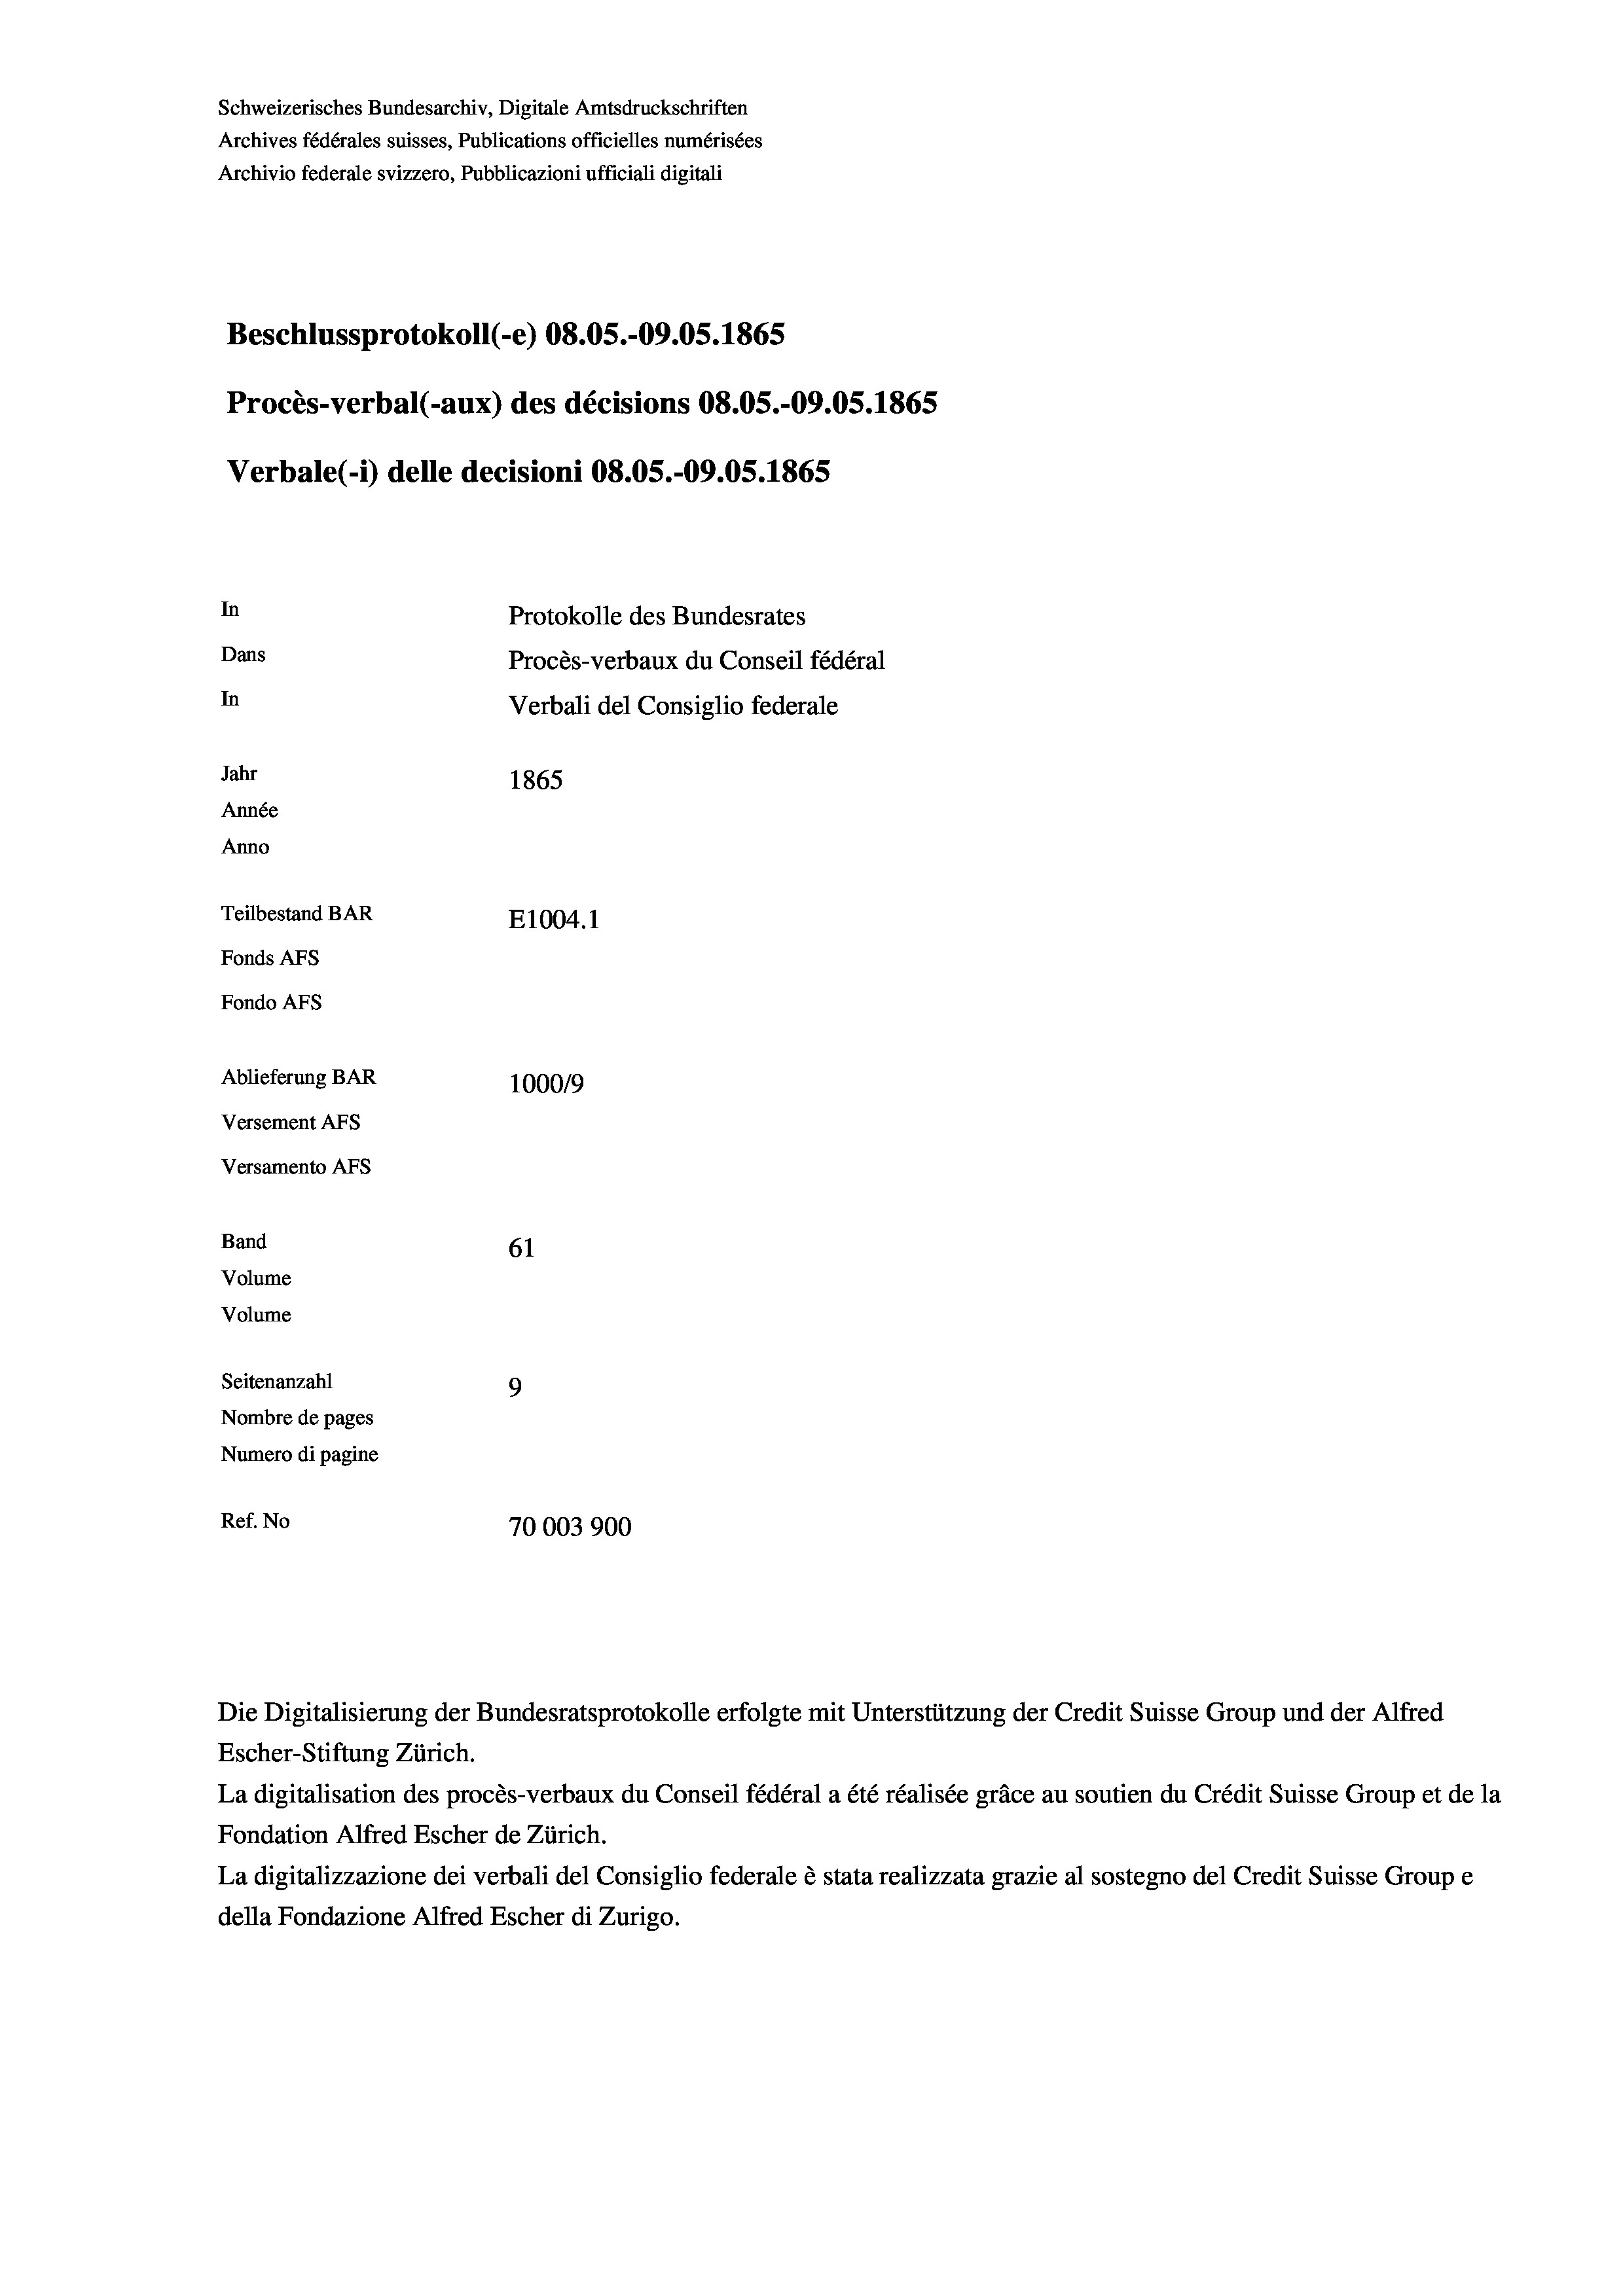
Schweizerisches Bundesarchiv, Digitale Amtsdruckschriften
Archives fédérales suisses, Publications officielles numérisées
Archivio federale svizzero, Pubblicazioni ufficiali digitali
Beschlussprotokoll (-e) 08.05.-09.05. 1865
Procès-verbal (-aux) des décisions 08.05.-O9.05. 1865
Verbale(-*) delle decisioni 08.05.-09.05. 1865
In
Protokolle des Bundesrates
Dans
Procès-verbaux du Conseil fédéral
In
Verbali del Consiglio federale
Jahr
1865
Année
Anno
Teilbestand BAR
E1004.1
Fonds AFs
Fondo AFS
Ablieferung BAR
1000/9
Versement AFs
Versamento Afs
Band
61
Volume
Volume
Seitenanzahl
9

Nombre de pages
Numero di pagine
Ref. No
70003900

Escher-Stiftung Zürich.
La digitalisation des procès-verbaux du Conseil fédéral a été réalisée gräce au soutien du Crédit Suisse Group et de la
Fondation Alfred Escher de Zürich.
La digitalizzazione dei verbali del Consiglio federale è stata realizzata grazie al sostegno del Credit Suisse Groupe
della Fondazione Alfred Escher di Zurigo.

Die Digitalisierung der Bundesratsprotokolle erfolgte mit Unterstützung der Credit Suisse Group und der Alfred